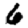
Digit: 6